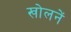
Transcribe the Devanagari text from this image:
खोलनें